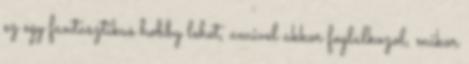
ez egy fantasztikus hobby lehet, amivel akkor foglalkozol, mikor